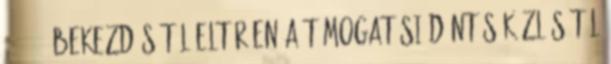
25. § 2 bekezdésétől eltérően a támogatási döntés közlésétől